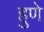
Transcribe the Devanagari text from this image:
हुणे